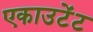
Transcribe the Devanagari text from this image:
एकाउटेंट